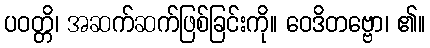
ပဝတ္တိ၊ အဆက်ဆက်ဖြစ်ခြင်းကို။ ဝေဒိတဗ္ဗော၊ ၏။